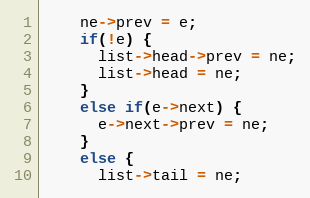
Language: C
    ne->prev = e;
    if(!e) {
      list->head->prev = ne;
      list->head = ne;
    }
    else if(e->next) {
      e->next->prev = ne;
    }
    else {
      list->tail = ne;